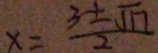
x = \frac { 3 + \sqrt { 1 7 } } { 2 }